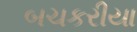
બચકરીયા